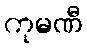
ကုမဏီ